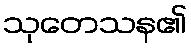
သုတေသန၏